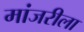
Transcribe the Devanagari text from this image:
मांजरीला